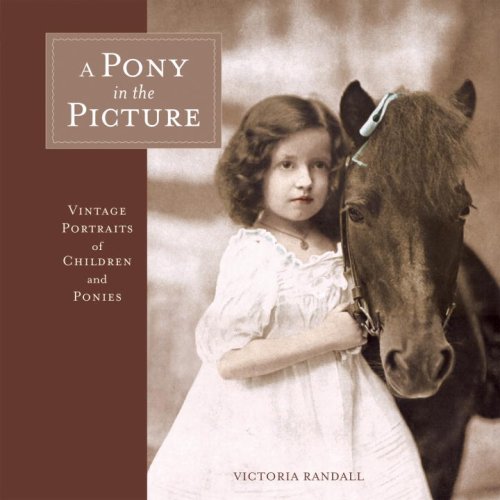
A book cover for A Pony in the Picture: Vintage Portraits of Children and Ponies; Victoria Randall; Arts & Photography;